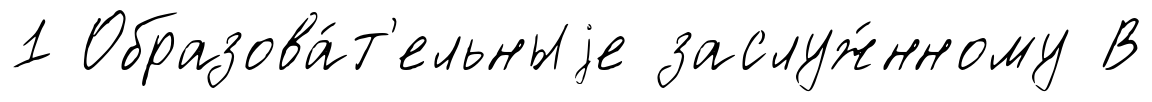
1 Образова́т'ельныjе заслуж́нному В